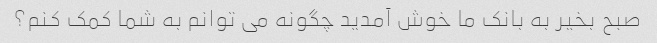
صبح بخیر به بانک ما خوش آمدید چگونه می توانم به شما کمک کنم؟